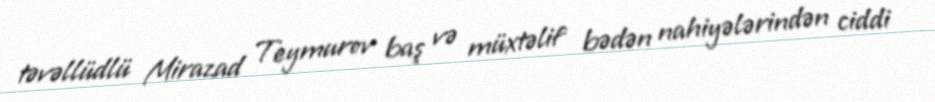
təvəllüdlü Mirazad Teymurov baş və müxtəlif bədən nahiyələrindən ciddi